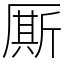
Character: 厮